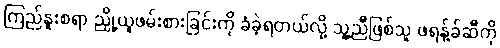
ကြည်နူးစရာ ညှို့ယူဖမ်းစားခြင်းကို ခံခဲ့ရတယ်လို့ သူ့ညီဖြစ်သူ ဖရန့်ခ်ဆီကို